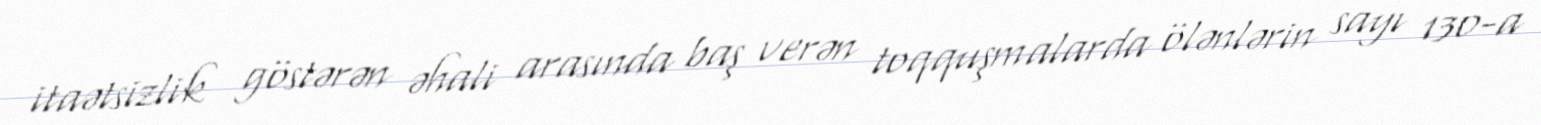
itaətsizlik göstərən əhali arasında baş verən toqquşmalarda ölənlərin sayı 130-a